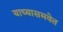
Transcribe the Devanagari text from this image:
याच्यासमवेत